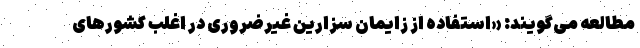
مطالعه می‌گویند: «استفاده از زایمان سزارین غیرضروری در اغلب کشورهای